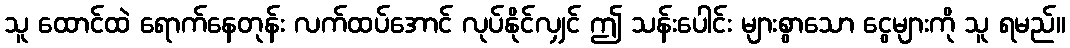
သူ ထောင်ထဲ ရောက်နေတုန်း လက်ထပ်အောင် လုပ်နိုင်လျှင် ဤ သန်းပေါင်း များစွာသော ငွေများကို သူ ရမည်။